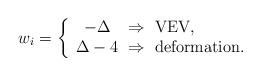
LaTeX: \begin{align*}w_i= \left\{ \begin{array}{c@{~\Rightarrow~}l} - \Delta & {\rm VEV,} \\\Delta -4 & {\rm deformation.} \end{array}\right.\end{align*}